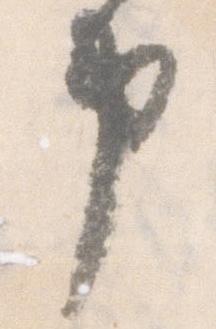
申